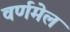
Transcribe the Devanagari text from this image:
वर्णमेल